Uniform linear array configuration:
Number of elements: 12
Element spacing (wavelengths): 0.25
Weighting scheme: binomial
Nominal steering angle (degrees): -15
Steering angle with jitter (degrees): -13.84
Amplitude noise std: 0.05
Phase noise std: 0.05

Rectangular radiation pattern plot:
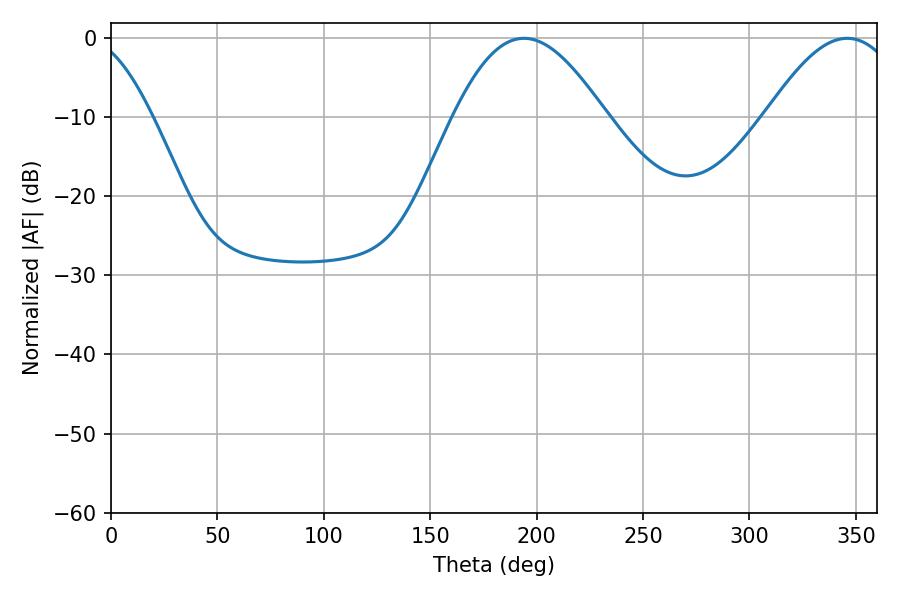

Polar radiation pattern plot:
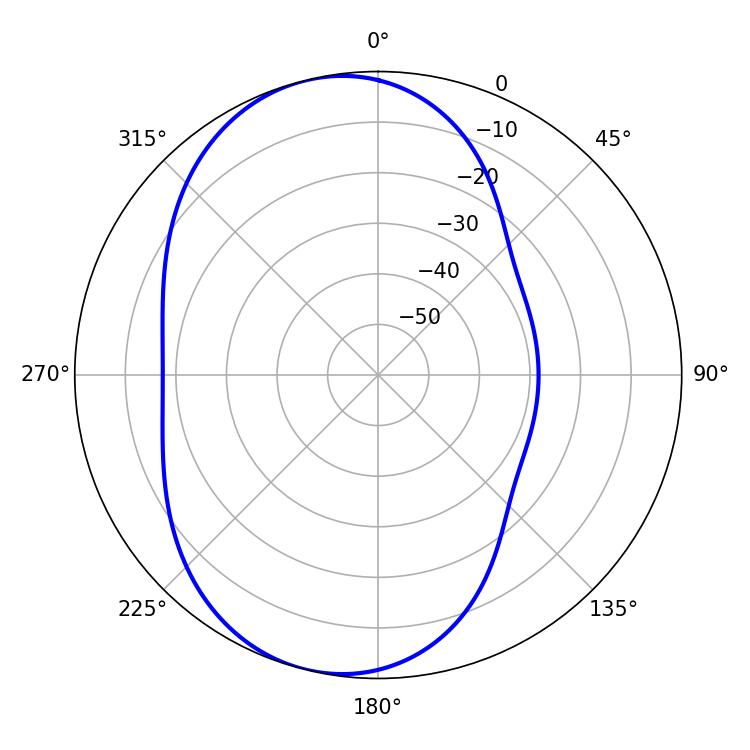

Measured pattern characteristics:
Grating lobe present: FALSE
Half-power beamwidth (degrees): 38.52
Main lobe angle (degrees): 194.04